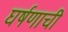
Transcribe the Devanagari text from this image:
घर्षणाची